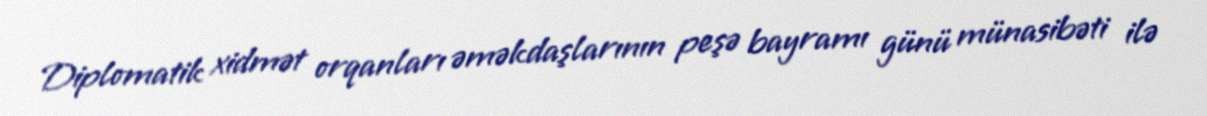
Diplomatik xidmət orqanları əməkdaşlarının peşə bayramı günü münasibəti ilə